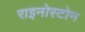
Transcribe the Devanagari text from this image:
राइनोस्टोन